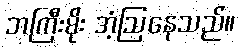
ဘကြီးမိုး အံ့ဩနေသည်။